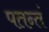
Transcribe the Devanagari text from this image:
पतन्तं